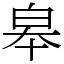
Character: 皋